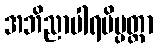
အဘိညာပါရမိပ္ပတ္တာ